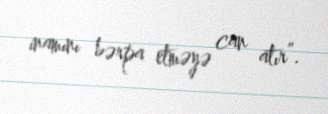
inamını bərpa etməyə can atır”.